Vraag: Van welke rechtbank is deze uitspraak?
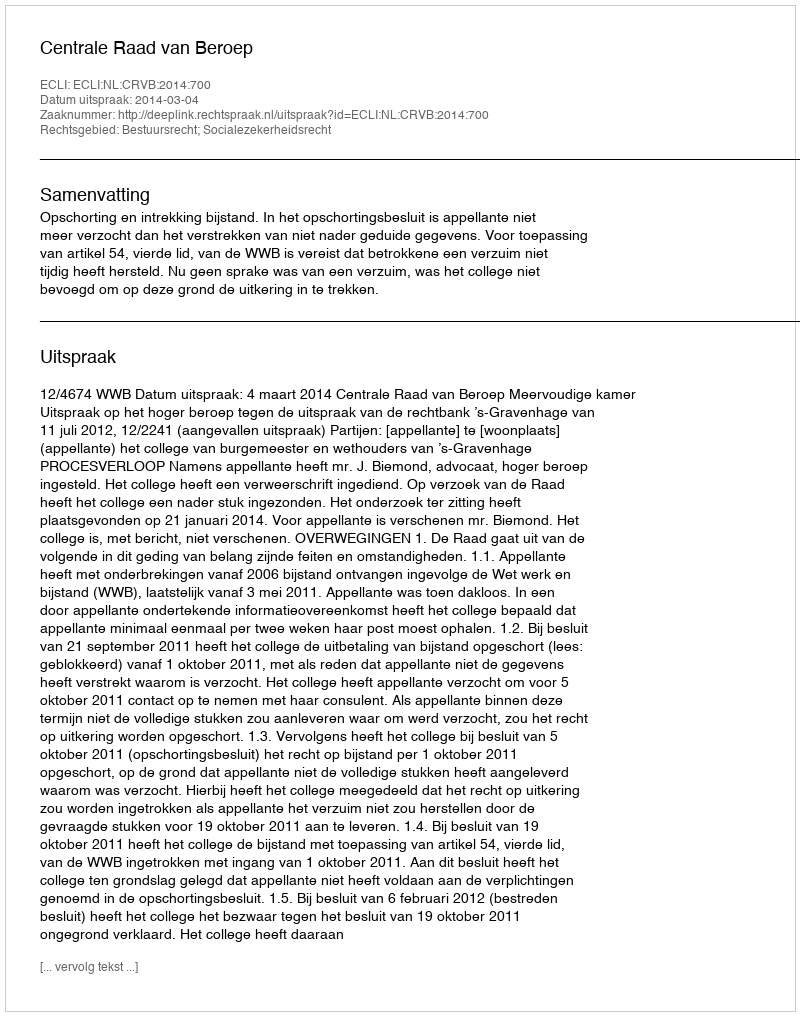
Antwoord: Centrale Raad van Beroep